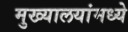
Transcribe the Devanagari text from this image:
मुख्यालयांमध्ये